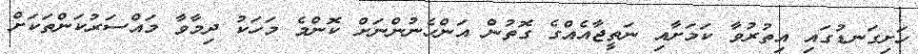
ހަށިގަނޑުގައި އިތުރުވާ ކަމަށާއި ނަތީޖާއެއްގެ ގޮތުން އަންހެނުންނަށް ކޮންމެ މަހަކު ދިމާވާ މައްސަރުކަންތަކަށް